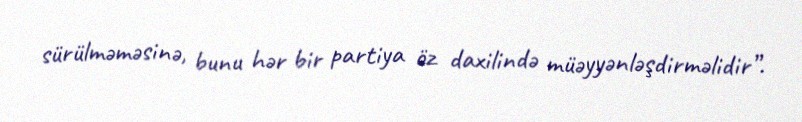
sürülməməsinə, bunu hər bir partiya öz daxilində müəyyənləşdirməlidir”.